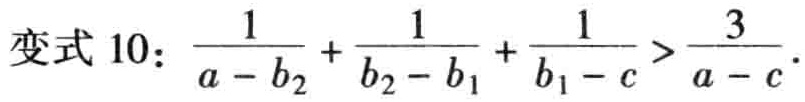
变式 10：\(\frac{1}{a - b_{2}} + \frac{1}{b_{2} - b_{1}} + \frac{1}{b_{1} - c} > \frac{3}{a - c}\)